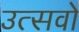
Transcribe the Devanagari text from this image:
उत्सवो